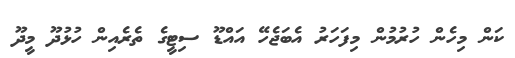
ކަން މިހެން ހުރުމުން މިފަހަރު އެބަޖެހޭ އައްޑޫ ސިޓީގެ ތެރެއިން ހުޅުދޫ މީދޫ